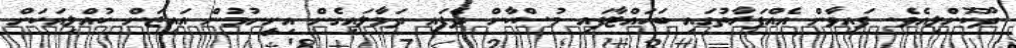
ދޫކޮށްލިއެވެ. ފައިވާން އެއްފަރާތުގައި ބަހައްޓާފައި މުސްކާން ދެފައި ދަމާލައިގެން އިށީނުމުން އައިޒަން ކުއްލިއަކަށް